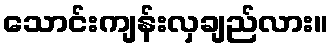
သောင်းကျန်းလှချည်လား။